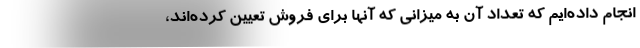
انجام داده‌ایم که تعداد آن به میزانی که آنها برای فروش تعیین کرده‌اند،